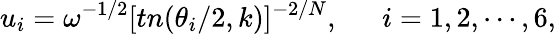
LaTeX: u_{i}=\omega^{-1/2}[tn(\theta_{i}/2,k)]^{-2/N},~~~~~~i=1,2,\cdots,6,